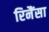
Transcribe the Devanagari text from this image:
रिनैंसा